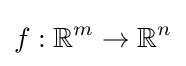
f:\mathbb {R} ^{m}\to \mathbb {R} ^{n}